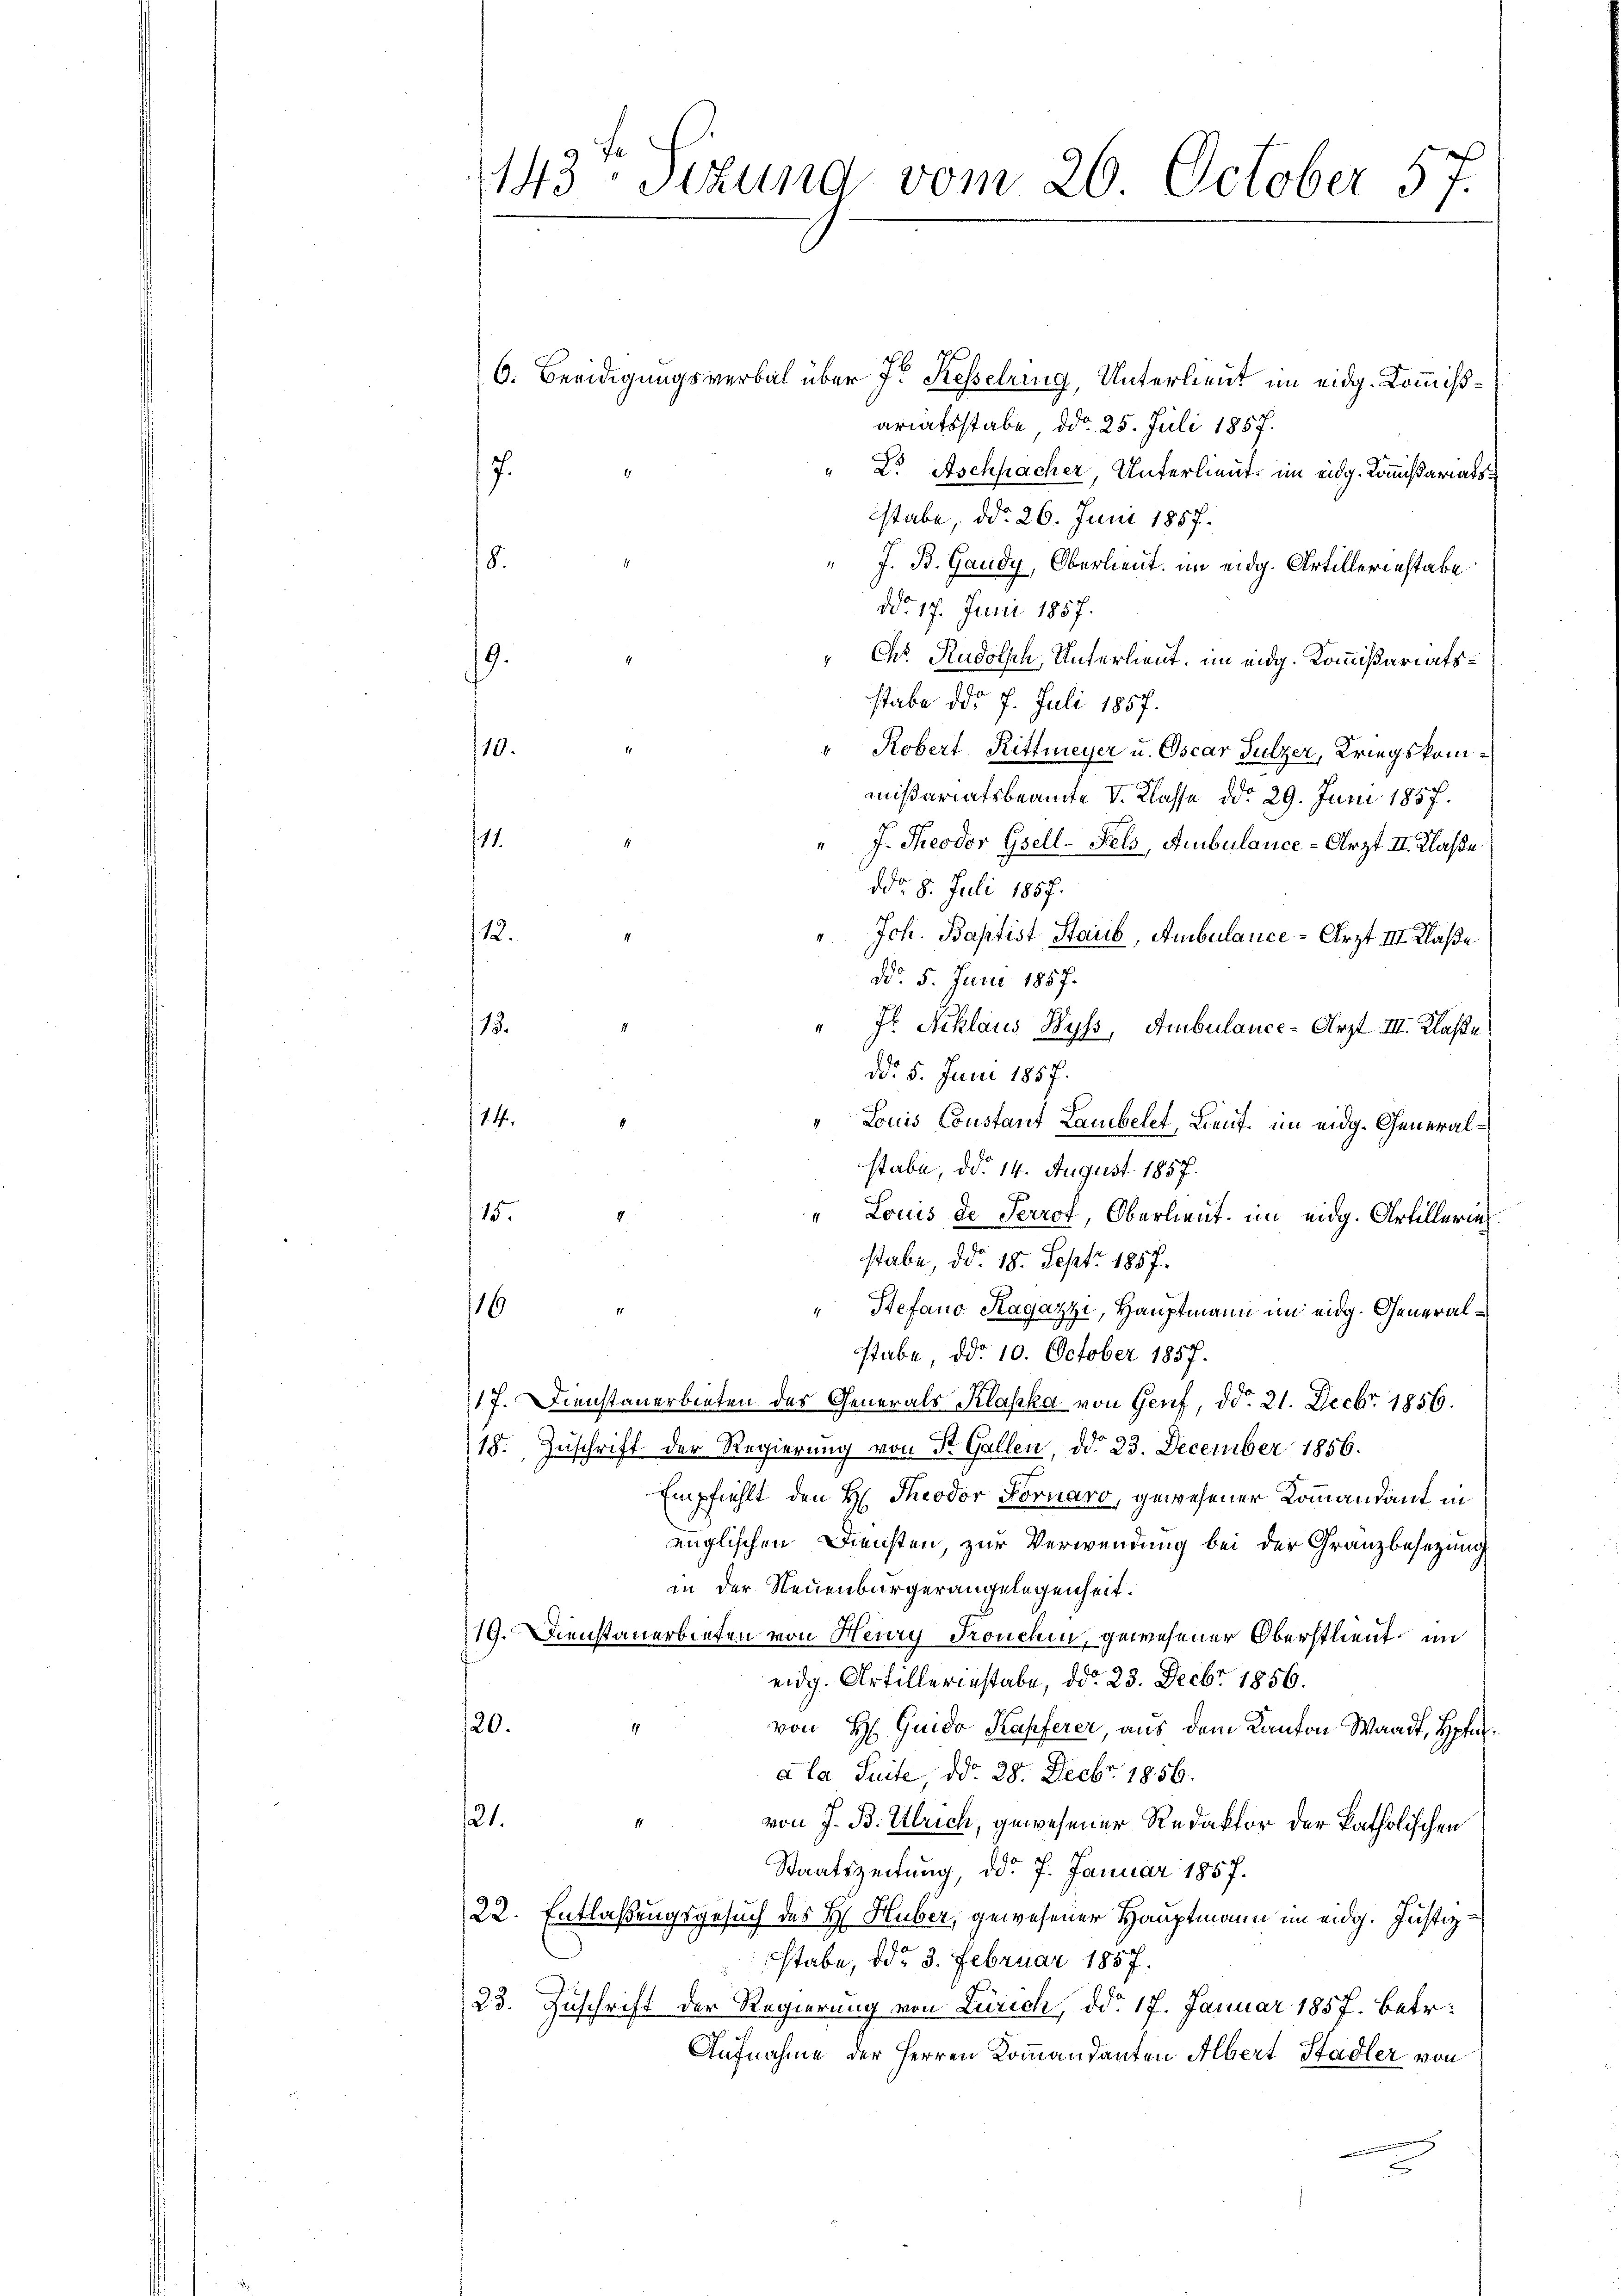
143 Stund vom 26. October 57.

6. Beeidigungsverbal über J. Kesselring, Unterlieut im eidg. Kommißariatsstabe, ddo 25. Juli 1857.
1
" Dr. Aschpacher, Unterlieut. im eidg. Kommißariats¬
7.
stabe, ddo 26. Juni 1857.
18.
" J. B. Gaudy, Oberlieut. im eidg. Artilleriestabe
ddo 17. Juni 1857.
" Chr. Rudolsch, Unterlieut. im eidg. Kommißariatsstabe ddo 7. Juli 1857.
110.
" Robert. Rittmeyer u. Oscar Sulzer, Kriegskommißariatsbeamte V. Klasse ddo 29. Juni 1857.
11.
" J. Theodor Gsell-Fels, Ambulance-Arzt II. Klaße
ddo. 8. Juli 1857.
12.
Joh. Baptist Staub, Ambulance-Arzt III. Klaße
ddo 5. Juni 1857.
15.
" J. Schlaus Wyss, Ambulance-Arzt III. Klaße
dd. 5. Juni 1857.
114.
Louis Constant Lambelet, Lieut. im eidg. Generalstabe, ddo 14. August 1857.
115.
" Louis de Perrot, Oberlieut. im eidg. Artillerin
stabe, ddo 18. Sept. 1857.
1
16
Stefano Magazzi, Hauptmann im eidg. Generalstabe, ddo 10. October 1857.
17. Dienstanerbieten der Generals Klaska von Genf, ddo. 21. Decbr. 1856.
18. Zuschrift der Regierung von St. Gallen, ddo 23. December 1856.
Empfiehlt den H. Theodor Fornaro, gewesener Kommandant in
englischen Diensten, zur Verwendung bei der Granzbesezung
in der Neuenbürgerangelegenheit.
19. Dienstanerbieten von Heury Fronchen, gewesener Oberstlieut im
eidg. Artillerinstabe, ddo 23. Decbr. 1856.
20.
von H. Guido Kapferer aus dem Kanton Waadt, Hofe
a la Suite, d. 28. Decbr. 1856.
21.
von J. B. Ulrich, gewesener Redaktor der katholischen
Staatszeitung, ddo 7. Januar 1857.
22. Entlaßungsgesuch des H. Huber, gewesener Hauptmann im eidg. Justizstabe, ddo 3. Februar 1857.
23. Zuschrift der Regierung von Zürich, ddo 17. Januar 1857. betr.
Aufnahme der Herren Kommandanten Albert Stadler von